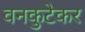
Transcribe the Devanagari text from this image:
वनकुटेकर